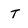
Character: T